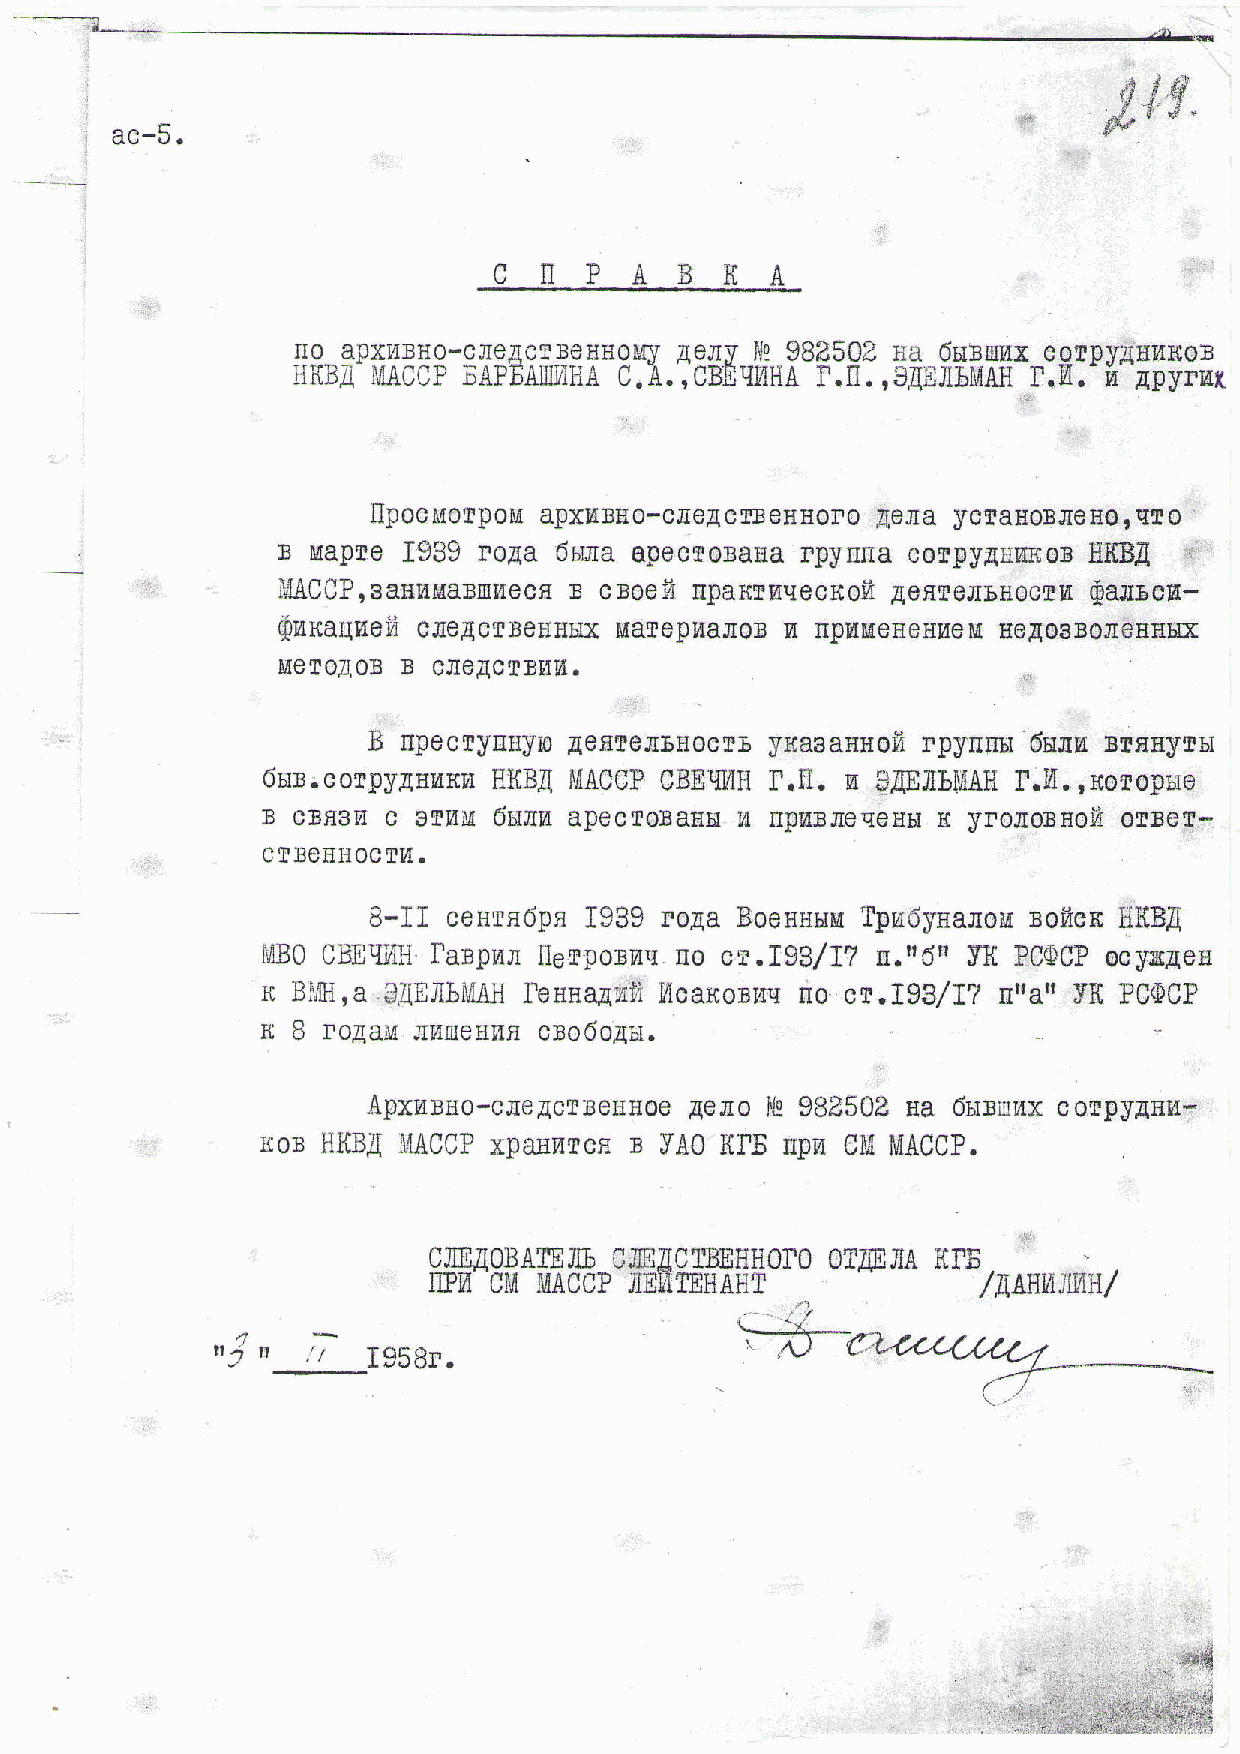
J  l $
 ac-5.
 C  i l P  A  B  i I A
 Io apxr4sHO-cile.4cT3eHHo.MU,ye ryi lg 98e502 Ha 6b13mxc of,py.[Hr{noB
 HHB;  MACCPE APEAII]I/IC1.iAA .,CBEIIL1HI.AII .,3NEJI}MAI{I .[.- }1 TpyrilT
 upocMotpoMap xidSHo-cJreacrBeHExeoJI,Ioa y c$aEoSJienorlIEo
 B  Mapre 1939 r'oAa 6sJraa pecroBanaF pyma corpyAtrnso3H IIBI iii
 L{ACC?,aalrnualsuecr ffc roeft nparrptrec$0fiA efirennnoctuS anacu-
 rlnnaqltefic nelcrrennbix MarepuaJronl nptdMeneHueHMeA oBBoJreun!ffi
 MeTOAOI3   CToACTSEII
 B  npectsytruyAoe fireJrbHocry snaaannorfpi yfiirb6r nrn rrnayrn
 6am.corpy4uurcIIuI{ BI MAOCCPB EqUIH.11. n I}frEnlMAl.Hld .rnoropue
 B cBfiBmc  BrnM 6H'JI{a pecroBanu I{ fipffBJieseubr r yrorornoi'i oller-
 cTSenHoctu.
 B-II cenrndpn1 939r ona BoesubrTup neiynaaoromft cnI {KB[
 ft{80C mqfiHl arpnr listspo3nun,o cr.I93lf? s.n6n ylt PC{'CPoo yeAeE
 n Bi,{H,a3 ,4EilbfulIAein{ na,4uiLt {canoluqn o cr.193/I? trnany E PCQCP
 x I ro4alr Jil4ruenficRa o6oAu.
 Apxuano-cle1clleunoe4  eao lll 989504 Ea 6brluftxc orpygns-
 ror llfi3il I1,{ACCxpPa nnrcn I XAOR IE rrnrr n[, ltrinnD
 r'llrrr vtvl tlr.dvvr.
 CJ]ENMAMJCIbA   INCItsEHI]OOIT'O' M JJIA(I E
 I?n cM  MACCJ?I L'ATEHAHT            /LAHtAJlllH/
 nlo   .;  r95gr.